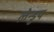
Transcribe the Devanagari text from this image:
लेन्डुप